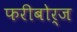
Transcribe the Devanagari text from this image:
फरीबोर्ज